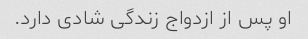
او پس از ازدواج زندگی شادی دارد.